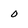
Character: 0